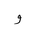
Letter: _waw